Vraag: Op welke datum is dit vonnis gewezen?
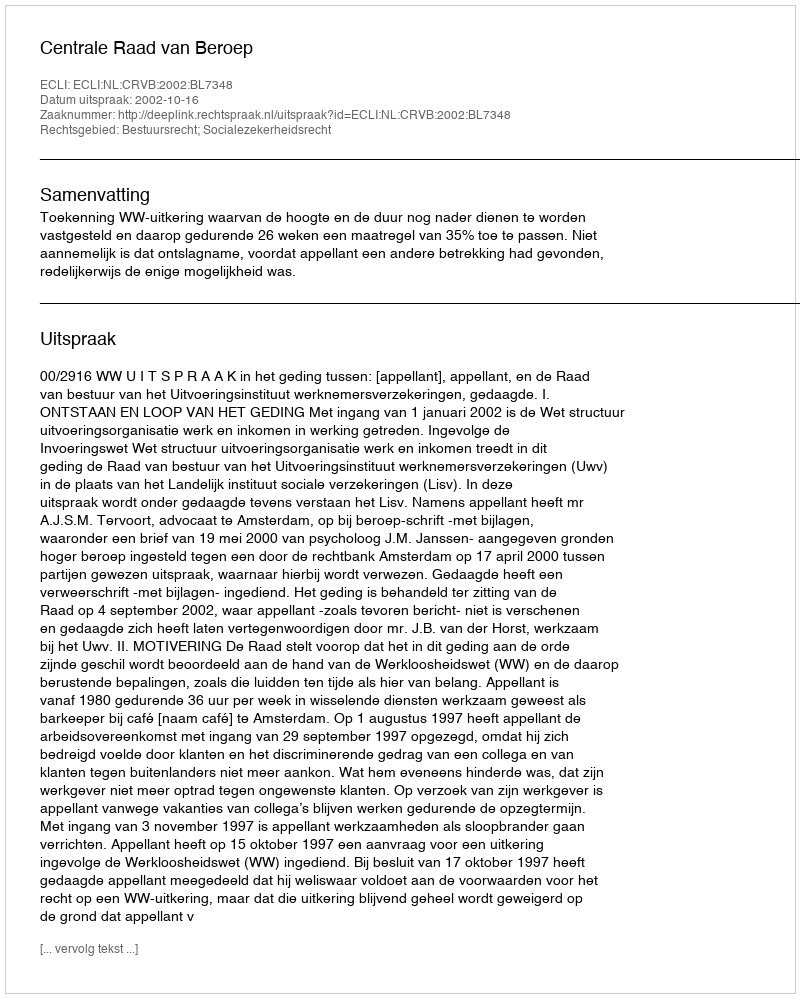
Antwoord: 2002-10-16